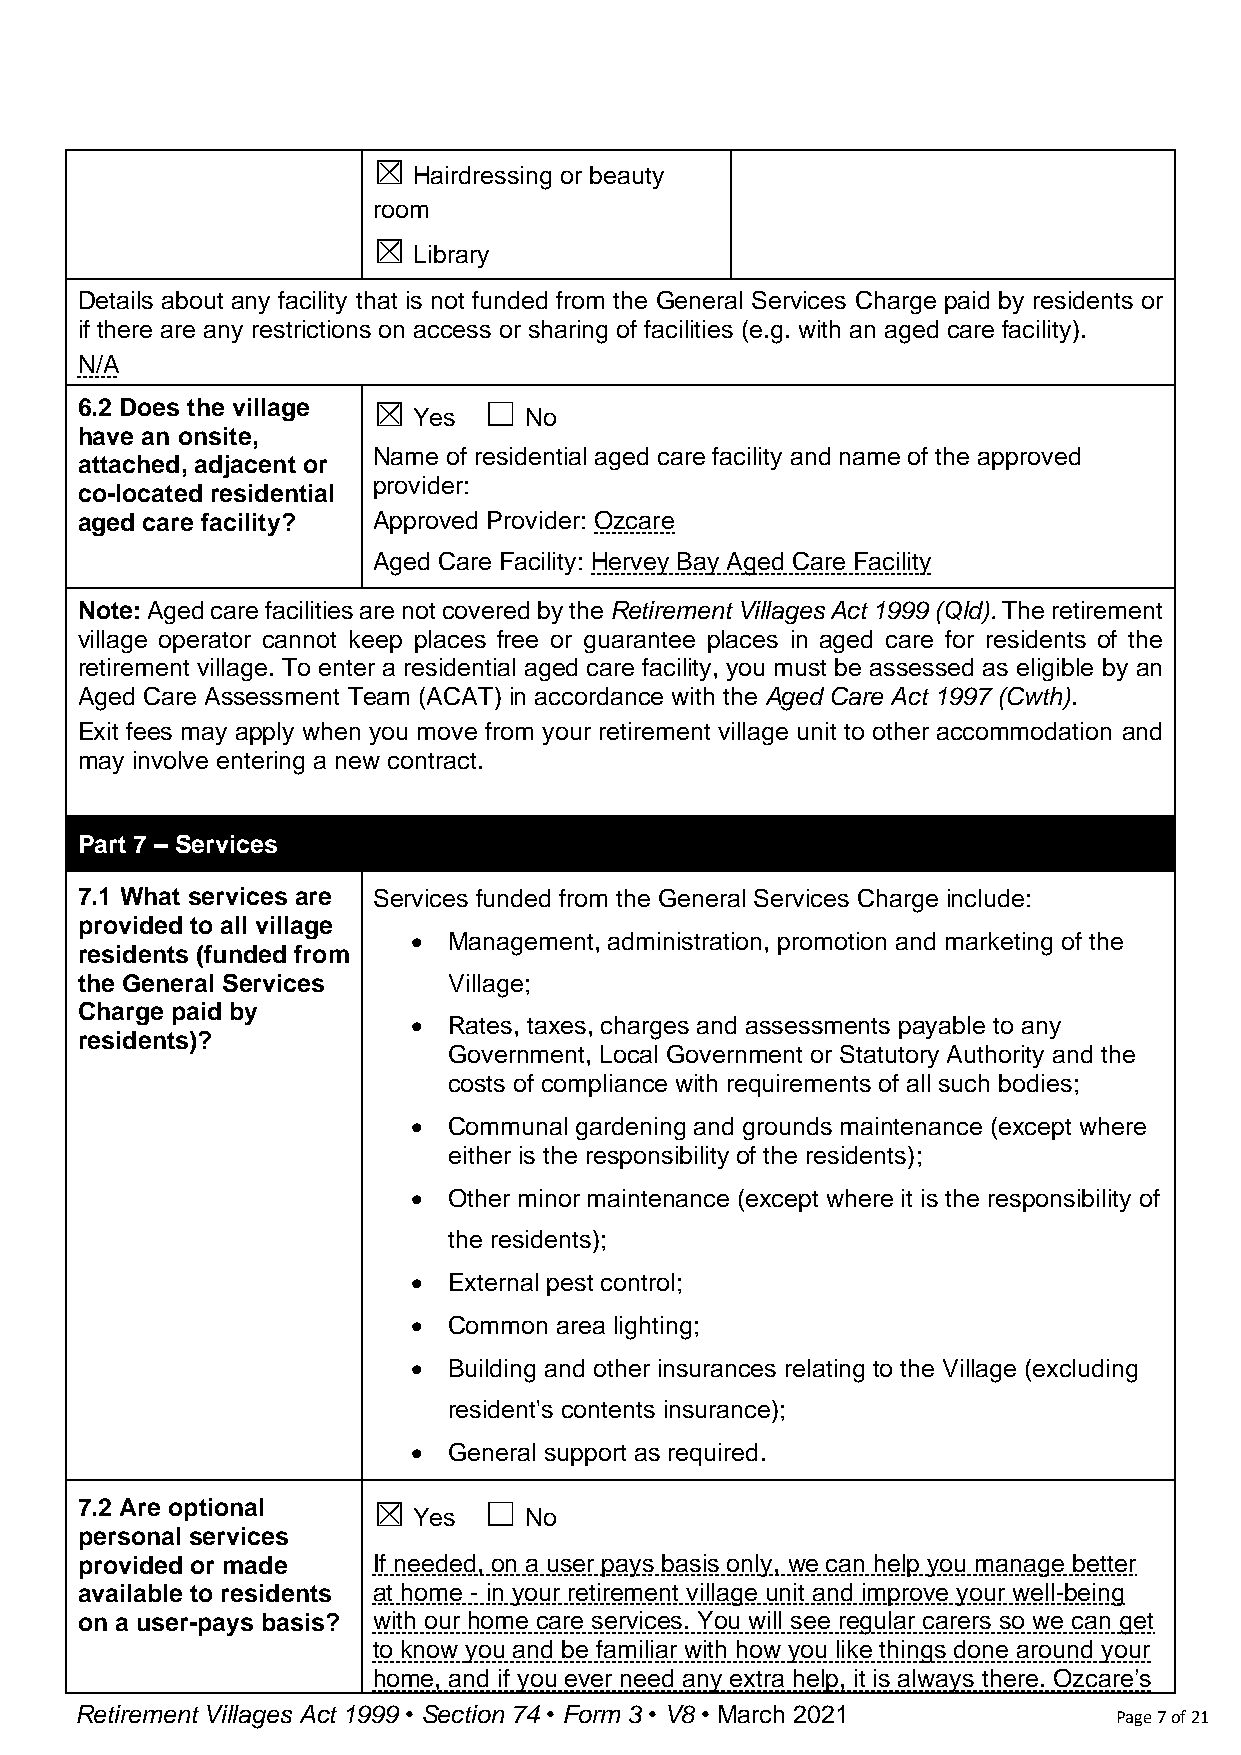
☒
 Hairdressing or beauty
 room
 ☒
 Library
 Details about any facility that is not funded from the General Services Charge paid by residents or
 if there are any restrictions on access or sharing of facilities (e.g. with an aged care facility).
 N/A
 6.2 Does the village ☒     ☐
 Yes     No
 have an onsite,
 Name of residential aged care facility and name of the approved
 attached, adjacent or
 provider:
 co-located residential
 aged care facility? Approved Provider: Ozcare
 Aged Care Facility: Hervey Bay Aged Care Facility
 Note: Aged care facilities are not covered by the Retirement Villages Act 1999 (Qld). The retirement
 village operator cannot keep places free or guarantee places in aged care for residents of the
 retirement village. To enter a residential aged care facility, you must be assessed as eligible by an
 Aged Care Assessment Team (ACAT) in accordance with the Aged Care Act 1997 (Cwth).
 Exit fees may apply when you move from your retirement village unit to other accommodation and
 may involve entering a new contract.
 Part 7 – Services
 7.1 What services are Services funded from the General Services Charge include:
 provided to all village
 •  Management, administration, promotion and marketing of the
 residents (funded from
 the General Services     Village;
 Charge paid by
 •  Rates, taxes, charges and assessments payable to any
 residents)?
 Government, Local Government or Statutory Authority and the
 costs of compliance with requirements of all such bodies;
 •  Communal gardening and grounds maintenance (except where
 either is the responsibility of the residents);
 •  Other minor maintenance (except where it is the responsibility of
 the residents);
 •  External pest control;
 •  Common area lighting;
 •  Building and other insurances relating to the Village (excluding
 resident's contents insurance);
 •  General support as required.
 7.2 Are optional    ☒      ☐
 Yes     No
 personal services
 provided or made    If needed, on a user pays basis only, we can help you manage better
 available to residents at home - in your retirement village unit and improve your well-being
 on a user-pays basis? with our home care services. You will see regular carers so we can get
 to know you and be familiar with how you like things done around your
 home, and if you ever need any extra help, it is always there. Ozcare’s
 Retirement Villages Act 1999 • Section 74 • Form 3 • V8 • March 2021 Page 7 of 21